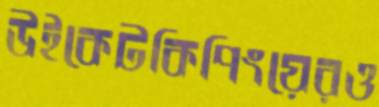
উইকেটকিপিংয়েরও